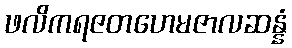
ဖလိကရဇတဟေမဇာလဆန္နံ